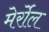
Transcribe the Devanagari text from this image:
मेर्रोल